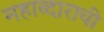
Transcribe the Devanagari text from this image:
महाव्दाराची